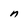
Character: n